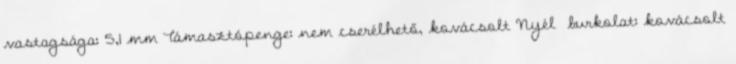
vastagsága: 5,1 mm Támasztópenge: nem cserélhető, kovácsolt Nyél burkolat: kovácsolt